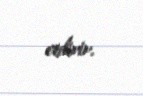
etdirir.